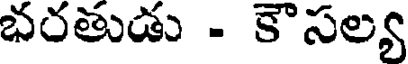
భరతుడు - కౌసల్య